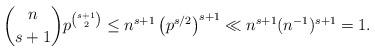
LaTeX: \begin{align*}\binom{n}{s+1}p^{\binom{s+1}{2}}\leq n^{s+1}\left(p^{s/2}\right)^{s+1}\ll n^{s+1}(n^{-1})^{s+1}=1.\end{align*}